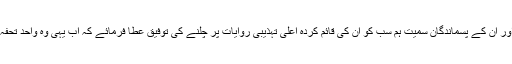
رب کریم ان کی روح کو اپنی امان میں رکھے اور ان کے پسماندگان سمیت ہم سب کو ان کی قائم کردہ اعلیٰ تہذیبی روایات پر چلنے کی توفیق عطا فرمائے کہ اب یہی وہ واحد تحفہ ہے جو ہماری طرف سے ان کو پہنچ سکتا ہے۔